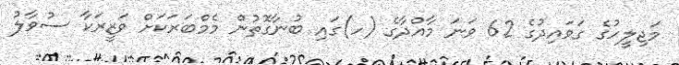
މަޖިލީހުގެ ގަވައިދުގެ 62 ވަނަ މާއްދާގެ (ހ)ގައި ބުނާގޮތުން މެމްބަރަކަށް ވަޒީރަކާ ސުވާލު